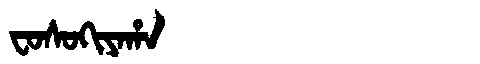
Manchu: ᠸᠣᠰᠣᡴᡳᠶᠠᡥᠠ
Romanization: FOSOKIYAHA